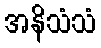
အနိသံသံ